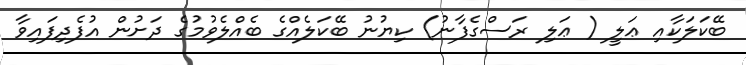
ބޭކަލަކާއި ޢަލީ ( ޢަލި ރަސްގެފާނު) ކިޔުނު ބޭކަލެއްގެ ބެއްލެވުމުގެ ދަށުން އުފެދިފައިވާ